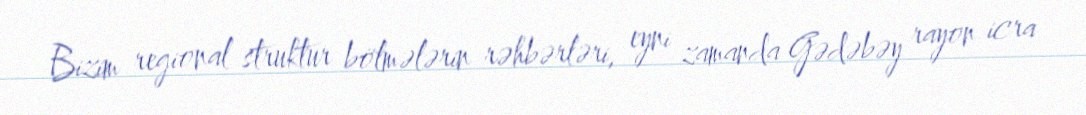
Bizim regional struktur bölmələrin rəhbərləri, eyni zamanda Gədəbəy rayon icra